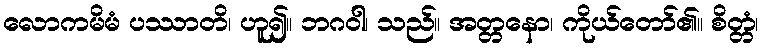
လောကမိမံ ပဿာတိ၊ ဟူ၍။ ဘဂဝါ၊ သည်။ အတ္တနော၊ ကိုယ်တော်၏။ စိတ္တံ၊